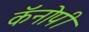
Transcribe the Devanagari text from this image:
कॅनोपी